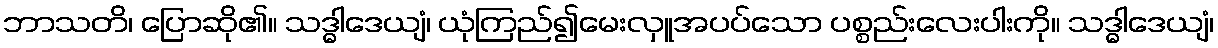
ဘာသတိ၊ ပြောဆို၏။ သဒ္ဓါဒေယျံ၊ ယုံကြည်၍မေးလှူအပပ်သော ပစ္စည်းလေးပါးကို။ သဒ္ဓါဒေယျံ၊